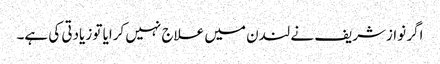
اگر نوازشریف نے لندن میں علاج نہیں کرایا تو زیادتی کی ہے۔